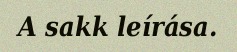
A sakk leírása.